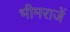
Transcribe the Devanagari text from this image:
भीमराजें